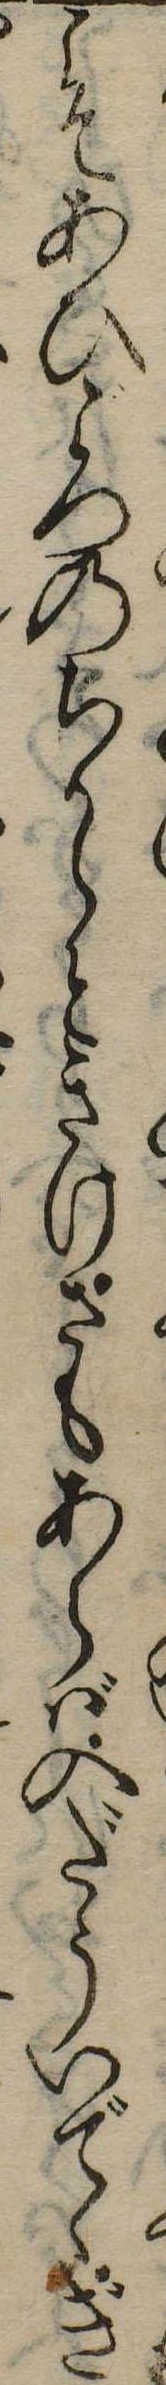
こそあひごろのちからときけさもあらば入だういでゝぎ